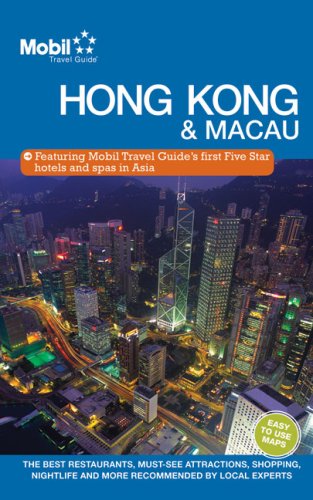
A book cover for Hong Kong/Macau City Guide (Forbes City Guide: Hong Kong & Macau); Mobil Travel Guide; Travel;